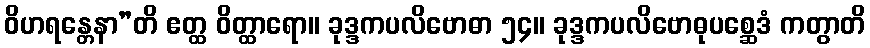
ဝိဟရန္တေနာ”တိ ဧတ္ထ ဝိတ္ထာရော။ ခုဒ္ဒကပလိဗောဓာ ၅၄။ ခုဒ္ဒကပလိဗောဓုပစ္ဆေဒံ ကတွာတိ